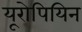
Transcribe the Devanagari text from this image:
यूरोपियिन